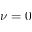
\nu = 0